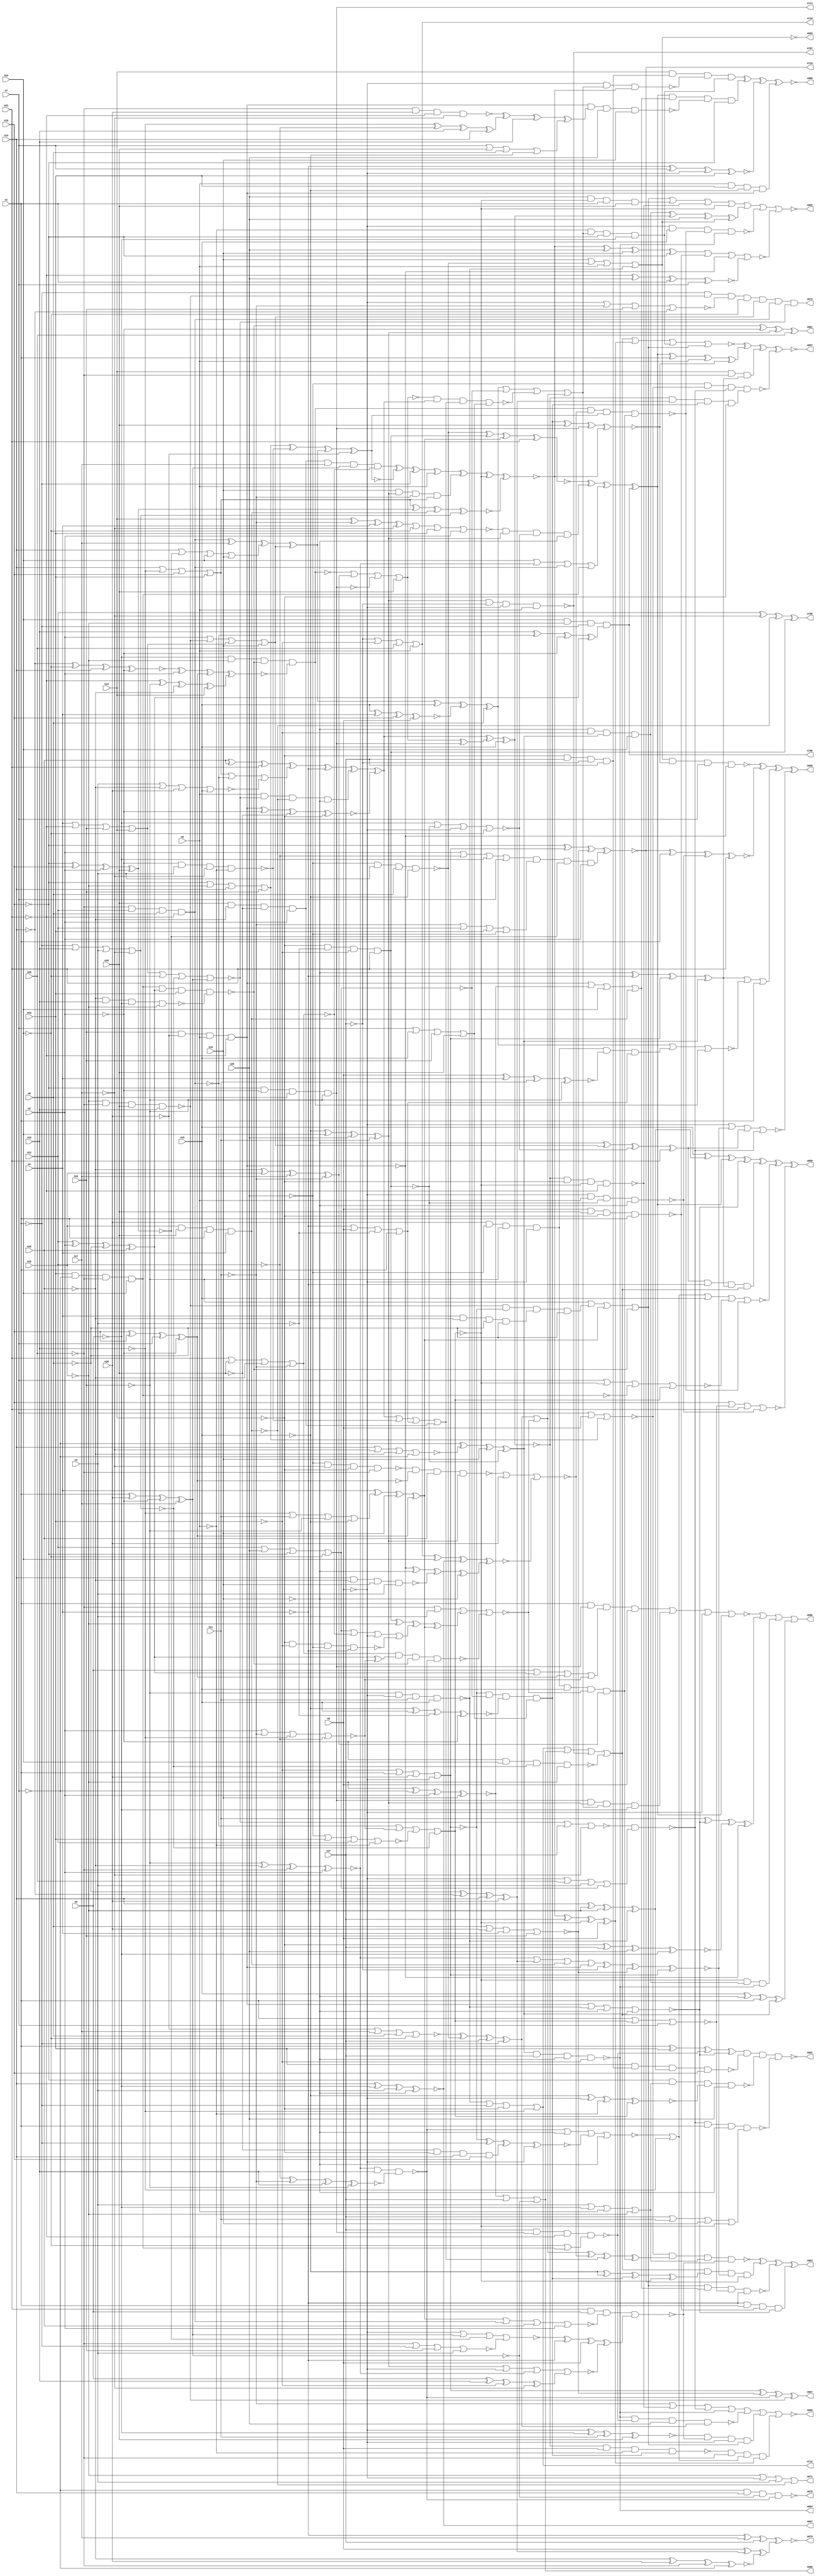
// Benchmark C:\Users\Lucas Nestor\Documents\osu\sp21\esl\circuit_generation\Stats\5_24_randomized_params\Stat_874_1512 written by SynthGen on 2021/05/24 19:48:31
module Stat_874_1512( n1, n2, n3, n4, n5, n6, n7, n8,
 n9, n10, n11, n12, n13, n14, n15, n16,
 n17, n18, n19, n20, n21, n22, n23, n24,
 n25, n26, n27, n28, n29,
 n697, n693, n706, n688, n719, n678, n671, n667,
 n708, n681, n672, n707, n710, n712, n684, n679,
 n774, n898, n895, n901, n902, n897, n899, n896,
 n903, n900);

input n1, n2, n3, n4, n5, n6, n7, n8,
 n9, n10, n11, n12, n13, n14, n15, n16,
 n17, n18, n19, n20, n21, n22, n23, n24,
 n25, n26, n27, n28, n29;

output n697, n693, n706, n688, n719, n678, n671, n667,
 n708, n681, n672, n707, n710, n712, n684, n679,
 n774, n898, n895, n901, n902, n897, n899, n896,
 n903, n900;

wire n30, n31, n32, n33, n34, n35, n36, n37,
 n38, n39, n40, n41, n42, n43, n44, n45,
 n46, n47, n48, n49, n50, n51, n52, n53,
 n54, n55, n56, n57, n58, n59, n60, n61,
 n62, n63, n64, n65, n66, n67, n68, n69,
 n70, n71, n72, n73, n74, n75, n76, n77,
 n78, n79, n80, n81, n82, n83, n84, n85,
 n86, n87, n88, n89, n90, n91, n92, n93,
 n94, n95, n96, n97, n98, n99, n100, n101,
 n102, n103, n104, n105, n106, n107, n108, n109,
 n110, n111, n112, n113, n114, n115, n116, n117,
 n118, n119, n120, n121, n122, n123, n124, n125,
 n126, n127, n128, n129, n130, n131, n132, n133,
 n134, n135, n136, n137, n138, n139, n140, n141,
 n142, n143, n144, n145, n146, n147, n148, n149,
 n150, n151, n152, n153, n154, n155, n156, n157,
 n158, n159, n160, n161, n162, n163, n164, n165,
 n166, n167, n168, n169, n170, n171, n172, n173,
 n174, n175, n176, n177, n178, n179, n180, n181,
 n182, n183, n184, n185, n186, n187, n188, n189,
 n190, n191, n192, n193, n194, n195, n196, n197,
 n198, n199, n200, n201, n202, n203, n204, n205,
 n206, n207, n208, n209, n210, n211, n212, n213,
 n214, n215, n216, n217, n218, n219, n220, n221,
 n222, n223, n224, n225, n226, n227, n228, n229,
 n230, n231, n232, n233, n234, n235, n236, n237,
 n238, n239, n240, n241, n242, n243, n244, n245,
 n246, n247, n248, n249, n250, n251, n252, n253,
 n254, n255, n256, n257, n258, n259, n260, n261,
 n262, n263, n264, n265, n266, n267, n268, n269,
 n270, n271, n272, n273, n274, n275, n276, n277,
 n278, n279, n280, n281, n282, n283, n284, n285,
 n286, n287, n288, n289, n290, n291, n292, n293,
 n294, n295, n296, n297, n298, n299, n300, n301,
 n302, n303, n304, n305, n306, n307, n308, n309,
 n310, n311, n312, n313, n314, n315, n316, n317,
 n318, n319, n320, n321, n322, n323, n324, n325,
 n326, n327, n328, n329, n330, n331, n332, n333,
 n334, n335, n336, n337, n338, n339, n340, n341,
 n342, n343, n344, n345, n346, n347, n348, n349,
 n350, n351, n352, n353, n354, n355, n356, n357,
 n358, n359, n360, n361, n362, n363, n364, n365,
 n366, n367, n368, n369, n370, n371, n372, n373,
 n374, n375, n376, n377, n378, n379, n380, n381,
 n382, n383, n384, n385, n386, n387, n388, n389,
 n390, n391, n392, n393, n394, n395, n396, n397,
 n398, n399, n400, n401, n402, n403, n404, n405,
 n406, n407, n408, n409, n410, n411, n412, n413,
 n414, n415, n416, n417, n418, n419, n420, n421,
 n422, n423, n424, n425, n426, n427, n428, n429,
 n430, n431, n432, n433, n434, n435, n436, n437,
 n438, n439, n440, n441, n442, n443, n444, n445,
 n446, n447, n448, n449, n450, n451, n452, n453,
 n454, n455, n456, n457, n458, n459, n460, n461,
 n462, n463, n464, n465, n466, n467, n468, n469,
 n470, n471, n472, n473, n474, n475, n476, n477,
 n478, n479, n480, n481, n482, n483, n484, n485,
 n486, n487, n488, n489, n490, n491, n492, n493,
 n494, n495, n496, n497, n498, n499, n500, n501,
 n502, n503, n504, n505, n506, n507, n508, n509,
 n510, n511, n512, n513, n514, n515, n516, n517,
 n518, n519, n520, n521, n522, n523, n524, n525,
 n526, n527, n528, n529, n530, n531, n532, n533,
 n534, n535, n536, n537, n538, n539, n540, n541,
 n542, n543, n544, n545, n546, n547, n548, n549,
 n550, n551, n552, n553, n554, n555, n556, n557,
 n558, n559, n560, n561, n562, n563, n564, n565,
 n566, n567, n568, n569, n570, n571, n572, n573,
 n574, n575, n576, n577, n578, n579, n580, n581,
 n582, n583, n584, n585, n586, n587, n588, n589,
 n590, n591, n592, n593, n594, n595, n596, n597,
 n598, n599, n600, n601, n602, n603, n604, n605,
 n606, n607, n608, n609, n610, n611, n612, n613,
 n614, n615, n616, n617, n618, n619, n620, n621,
 n622, n623, n624, n625, n626, n627, n628, n629,
 n630, n631, n632, n633, n634, n635, n636, n637,
 n638, n639, n640, n641, n642, n643, n644, n645,
 n646, n647, n648, n649, n650, n651, n652, n653,
 n654, n655, n656, n657, n658, n659, n660, n661,
 n662, n663, n664, n665, n666, n668, n669, n670,
 n673, n674, n675, n676, n677, n680, n682, n683,
 n685, n686, n687, n689, n690, n691, n692, n694,
 n695, n696, n698, n699, n700, n701, n702, n703,
 n704, n705, n709, n711, n713, n714, n715, n716,
 n717, n718, n720, n721, n722, n723, n724, n725,
 n726, n727, n728, n729, n730, n731, n732, n733,
 n734, n735, n736, n737, n738, n739, n740, n741,
 n742, n743, n744, n745, n746, n747, n748, n749,
 n750, n751, n752, n753, n754, n755, n756, n757,
 n758, n759, n760, n761, n762, n763, n764, n765,
 n766, n767, n768, n769, n770, n771, n772, n773,
 n775, n776, n777, n778, n779, n780, n781, n782,
 n783, n784, n785, n786, n787, n788, n789, n790,
 n791, n792, n793, n794, n795, n796, n797, n798,
 n799, n800, n801, n802, n803, n804, n805, n806,
 n807, n808, n809, n810, n811, n812, n813, n814,
 n815, n816, n817, n818, n819, n820, n821, n822,
 n823, n824, n825, n826, n827, n828, n829, n830,
 n831, n832, n833, n834, n835, n836, n837, n838,
 n839, n840, n841, n842, n843, n844, n845, n846,
 n847, n848, n849, n850, n851, n852, n853, n854,
 n855, n856, n857, n858, n859, n860, n861, n862,
 n863, n864, n865, n866, n867, n868, n869, n870,
 n871, n872, n873, n874, n875, n876, n877, n878,
 n879, n880, n881, n882, n883, n884, n885, n886,
 n887, n888, n889, n890, n891, n892, n893, n894;

buf  g0 (n139, n25);
not  g1 (n86, n7);
buf  g2 (n53, n11);
buf  g3 (n88, n5);
not  g4 (n75, n24);
not  g5 (n48, n26);
buf  g6 (n34, n8);
buf  g7 (n67, n2);
buf  g8 (n122, n27);
not  g9 (n84, n3);
not  g10 (n61, n18);
buf  g11 (n99, n25);
buf  g12 (n140, n25);
not  g13 (n108, n20);
buf  g14 (n71, n10);
not  g15 (n60, n14);
buf  g16 (n134, n7);
buf  g17 (n143, n20);
buf  g18 (n79, n16);
buf  g19 (n31, n20);
buf  g20 (n104, n1);
not  g21 (n126, n23);
not  g22 (n144, n15);
not  g23 (n54, n11);
not  g24 (n73, n15);
not  g25 (n128, n27);
not  g26 (n70, n13);
not  g27 (n107, n4);
buf  g28 (n68, n7);
buf  g29 (n120, n28);
buf  g30 (n97, n8);
not  g31 (n66, n28);
buf  g32 (n38, n12);
buf  g33 (n80, n8);
buf  g34 (n83, n4);
buf  g35 (n93, n16);
not  g36 (n105, n16);
not  g37 (n64, n15);
buf  g38 (n117, n2);
not  g39 (n131, n19);
buf  g40 (n77, n13);
not  g41 (n37, n2);
not  g42 (n137, n6);
not  g43 (n141, n9);
not  g44 (n115, n18);
not  g45 (n44, n12);
not  g46 (n30, n22);
not  g47 (n41, n29);
buf  g48 (n135, n1);
buf  g49 (n114, n26);
buf  g50 (n133, n1);
buf  g51 (n123, n6);
buf  g52 (n45, n23);
buf  g53 (n142, n11);
buf  g54 (n96, n2);
buf  g55 (n106, n17);
not  g56 (n55, n19);
not  g57 (n52, n19);
not  g58 (n102, n26);
buf  g59 (n58, n20);
not  g60 (n69, n9);
not  g61 (n65, n15);
not  g62 (n116, n5);
buf  g63 (n32, n7);
not  g64 (n112, n22);
not  g65 (n43, n28);
buf  g66 (n74, n29);
buf  g67 (n92, n14);
not  g68 (n127, n17);
buf  g69 (n101, n25);
not  g70 (n138, n21);
buf  g71 (n110, n24);
not  g72 (n124, n9);
not  g73 (n59, n29);
not  g74 (n129, n4);
not  g75 (n62, n4);
buf  g76 (n85, n23);
buf  g77 (n78, n17);
not  g78 (n35, n9);
buf  g79 (n130, n14);
not  g80 (n121, n22);
buf  g81 (n42, n12);
not  g82 (n51, n14);
buf  g83 (n50, n17);
not  g84 (n98, n3);
not  g85 (n103, n28);
buf  g86 (n125, n27);
buf  g87 (n113, n21);
not  g88 (n109, n10);
buf  g89 (n95, n24);
not  g90 (n56, n22);
not  g91 (n82, n3);
not  g92 (n90, n5);
buf  g93 (n57, n21);
not  g94 (n33, n29);
buf  g95 (n72, n12);
not  g96 (n63, n11);
buf  g97 (n46, n23);
not  g98 (n94, n10);
buf  g99 (n76, n19);
not  g100 (n111, n13);
buf  g101 (n89, n1);
buf  g102 (n119, n6);
buf  g103 (n145, n27);
buf  g104 (n136, n18);
not  g105 (n81, n5);
buf  g106 (n91, n21);
not  g107 (n39, n8);
buf  g108 (n87, n10);
not  g109 (n132, n13);
not  g110 (n100, n3);
not  g111 (n49, n26);
not  g112 (n40, n24);
not  g113 (n118, n18);
buf  g114 (n47, n6);
not  g115 (n36, n16);
buf  g116 (n227, n97);
not  g117 (n373, n92);
buf  g118 (n369, n102);
not  g119 (n270, n107);
buf  g120 (n363, n65);
not  g121 (n428, n75);
not  g122 (n337, n83);
not  g123 (n162, n32);
not  g124 (n153, n32);
buf  g125 (n241, n45);
not  g126 (n311, n101);
buf  g127 (n346, n58);
not  g128 (n323, n84);
buf  g129 (n249, n88);
buf  g130 (n215, n104);
buf  g131 (n397, n73);
not  g132 (n156, n62);
buf  g133 (n269, n69);
buf  g134 (n423, n103);
buf  g135 (n198, n78);
buf  g136 (n429, n66);
not  g137 (n348, n90);
buf  g138 (n432, n94);
buf  g139 (n309, n87);
not  g140 (n217, n68);
buf  g141 (n315, n74);
not  g142 (n273, n63);
buf  g143 (n155, n95);
buf  g144 (n257, n61);
not  g145 (n344, n96);
not  g146 (n299, n91);
buf  g147 (n419, n68);
buf  g148 (n158, n43);
buf  g149 (n292, n105);
buf  g150 (n169, n65);
buf  g151 (n178, n95);
not  g152 (n338, n53);
buf  g153 (n353, n86);
not  g154 (n193, n77);
not  g155 (n366, n52);
buf  g156 (n226, n85);
not  g157 (n418, n55);
not  g158 (n167, n107);
buf  g159 (n388, n100);
not  g160 (n297, n79);
not  g161 (n378, n87);
buf  g162 (n426, n64);
not  g163 (n285, n88);
not  g164 (n176, n94);
buf  g165 (n204, n96);
not  g166 (n275, n105);
buf  g167 (n367, n74);
buf  g168 (n219, n64);
buf  g169 (n197, n39);
not  g170 (n345, n52);
not  g171 (n194, n71);
buf  g172 (n203, n109);
not  g173 (n327, n98);
not  g174 (n304, n65);
buf  g175 (n164, n69);
not  g176 (n268, n101);
not  g177 (n320, n41);
buf  g178 (n296, n70);
not  g179 (n210, n54);
not  g180 (n228, n51);
not  g181 (n330, n52);
not  g182 (n413, n83);
buf  g183 (n416, n58);
buf  g184 (n243, n88);
buf  g185 (n370, n81);
not  g186 (n212, n46);
not  g187 (n175, n86);
not  g188 (n308, n101);
buf  g189 (n195, n43);
buf  g190 (n393, n38);
buf  g191 (n181, n102);
not  g192 (n350, n51);
buf  g193 (n191, n56);
not  g194 (n160, n50);
buf  g195 (n206, n79);
not  g196 (n374, n106);
not  g197 (n307, n51);
buf  g198 (n154, n60);
buf  g199 (n220, n47);
buf  g200 (n364, n77);
buf  g201 (n265, n82);
buf  g202 (n360, n93);
not  g203 (n216, n47);
not  g204 (n261, n72);
not  g205 (n358, n86);
not  g206 (n400, n75);
not  g207 (n317, n83);
buf  g208 (n223, n99);
buf  g209 (n151, n85);
buf  g210 (n356, n70);
buf  g211 (n161, n103);
not  g212 (n385, n78);
buf  g213 (n314, n67);
not  g214 (n424, n45);
not  g215 (n349, n73);
not  g216 (n289, n63);
buf  g217 (n406, n57);
not  g218 (n229, n81);
buf  g219 (n182, n83);
not  g220 (n340, n76);
buf  g221 (n371, n103);
buf  g222 (n300, n35);
buf  g223 (n278, n44);
not  g224 (n322, n74);
buf  g225 (n208, n30);
buf  g226 (n224, n63);
buf  g227 (n166, n97);
buf  g228 (n386, n97);
not  g229 (n382, n55);
not  g230 (n282, n80);
not  g231 (n173, n50);
not  g232 (n359, n85);
buf  g233 (n174, n80);
not  g234 (n422, n64);
not  g235 (n255, n62);
not  g236 (n187, n76);
not  g237 (n263, n71);
buf  g238 (n379, n67);
not  g239 (n427, n93);
buf  g240 (n148, n56);
buf  g241 (n389, n46);
not  g242 (n368, n36);
not  g243 (n329, n63);
not  g244 (n365, n90);
buf  g245 (n230, n77);
buf  g246 (n202, n76);
buf  g247 (n168, n98);
buf  g248 (n399, n94);
buf  g249 (n225, n96);
buf  g250 (n339, n103);
not  g251 (n242, n57);
not  g252 (n211, n91);
not  g253 (n313, n56);
not  g254 (n172, n35);
buf  g255 (n321, n81);
buf  g256 (n411, n37);
buf  g257 (n276, n89);
buf  g258 (n417, n90);
not  g259 (n325, n59);
buf  g260 (n391, n58);
not  g261 (n150, n55);
not  g262 (n267, n69);
not  g263 (n383, n52);
not  g264 (n163, n80);
not  g265 (n159, n99);
buf  g266 (n306, n102);
buf  g267 (n287, n66);
buf  g268 (n234, n109);
buf  g269 (n408, n78);
not  g270 (n283, n59);
not  g271 (n180, n31);
not  g272 (n333, n51);
buf  g273 (n362, n86);
buf  g274 (n357, n89);
not  g275 (n394, n59);
buf  g276 (n252, n48);
buf  g277 (n395, n49);
buf  g278 (n171, n54);
not  g279 (n213, n62);
not  g280 (n240, n41);
buf  g281 (n214, n71);
buf  g282 (n403, n66);
buf  g283 (n250, n96);
buf  g284 (n341, n49);
not  g285 (n256, n78);
buf  g286 (n405, n75);
not  g287 (n328, n68);
buf  g288 (n401, n101);
buf  g289 (n290, n38);
not  g290 (n149, n61);
not  g291 (n319, n108);
buf  g292 (n375, n48);
not  g293 (n258, n47);
not  g294 (n284, n98);
not  g295 (n396, n82);
buf  g296 (n291, n48);
not  g297 (n244, n82);
not  g298 (n245, n44);
not  g299 (n177, n39);
buf  g300 (n146, n90);
buf  g301 (n410, n49);
buf  g302 (n336, n74);
not  g303 (n351, n60);
not  g304 (n310, n99);
buf  g305 (n347, n40);
not  g306 (n324, n95);
buf  g307 (n205, n49);
buf  g308 (n190, n92);
buf  g309 (n390, n73);
buf  g310 (n277, n79);
buf  g311 (n185, n102);
not  g312 (n233, n59);
not  g313 (n326, n85);
buf  g314 (n430, n62);
buf  g315 (n231, n97);
not  g316 (n152, n61);
buf  g317 (n376, n100);
not  g318 (n318, n46);
not  g319 (n235, n95);
not  g320 (n262, n48);
buf  g321 (n165, n72);
not  g322 (n239, n30);
buf  g323 (n352, n105);
buf  g324 (n218, n66);
buf  g325 (n232, n84);
not  g326 (n335, n108);
not  g327 (n184, n73);
buf  g328 (n279, n54);
not  g329 (n259, n53);
buf  g330 (n293, n68);
not  g331 (n281, n104);
not  g332 (n387, n100);
not  g333 (n404, n98);
not  g334 (n192, n34);
not  g335 (n196, n76);
not  g336 (n179, n88);
not  g337 (n246, n93);
not  g338 (n354, n60);
buf  g339 (n207, n65);
not  g340 (n274, n94);
not  g341 (n407, n100);
buf  g342 (n280, n46);
not  g343 (n392, n104);
not  g344 (n272, n108);
not  g345 (n247, n99);
buf  g346 (n409, n54);
not  g347 (n209, n82);
buf  g348 (n298, n58);
not  g349 (n236, n91);
buf  g350 (n361, n91);
buf  g351 (n377, n84);
not  g352 (n425, n70);
buf  g353 (n305, n79);
not  g354 (n286, n92);
not  g355 (n238, n42);
not  g356 (n221, n106);
not  g357 (n316, n89);
buf  g358 (n355, n106);
buf  g359 (n186, n71);
not  g360 (n271, n33);
not  g361 (n157, n64);
buf  g362 (n412, n92);
not  g363 (n170, n57);
not  g364 (n294, n50);
buf  g365 (n342, n47);
buf  g366 (n402, n31);
buf  g367 (n312, n89);
not  g368 (n201, n42);
buf  g369 (n398, n80);
buf  g370 (n301, n56);
not  g371 (n248, n53);
not  g372 (n237, n87);
not  g373 (n334, n60);
not  g374 (n266, n61);
buf  g375 (n254, n53);
not  g376 (n188, n40);
buf  g377 (n260, n72);
buf  g378 (n251, n67);
buf  g379 (n183, n70);
not  g380 (n332, n67);
buf  g381 (n288, n55);
buf  g382 (n380, n72);
not  g383 (n421, n37);
buf  g384 (n189, n105);
not  g385 (n415, n104);
not  g386 (n199, n87);
buf  g387 (n200, n50);
not  g388 (n384, n34);
buf  g389 (n414, n81);
not  g390 (n343, n106);
buf  g391 (n431, n57);
not  g392 (n420, n69);
not  g393 (n303, n107);
buf  g394 (n222, n75);
buf  g395 (n147, n77);
buf  g396 (n253, n108);
buf  g397 (n302, n33);
buf  g398 (n372, n93);
buf  g399 (n331, n36);
buf  g400 (n264, n107);
buf  g401 (n381, n84);
not  g402 (n295, n109);
not  g403 (n508, n165);
buf  g404 (n487, n297);
buf  g405 (n500, n172);
buf  g406 (n501, n200);
not  g407 (n448, n305);
not  g408 (n462, n337);
buf  g409 (n496, n249);
buf  g410 (n446, n404);
buf  g411 (n482, n202);
not  g412 (n435, n376);
buf  g413 (n522, n394);
not  g414 (n475, n227);
not  g415 (n485, n329);
not  g416 (n449, n392);
buf  g417 (n472, n300);
not  g418 (n516, n240);
buf  g419 (n504, n235);
not  g420 (n515, n197);
not  g421 (n471, n324);
buf  g422 (n458, n152);
buf  g423 (n488, n217);
buf  g424 (n512, n151);
not  g425 (n503, n173);
not  g426 (n489, n342);
buf  g427 (n495, n354);
buf  g428 (n447, n370);
not  g429 (n442, n155);
not  g430 (n465, n153);
not  g431 (n524, n169);
not  g432 (n511, n400);
buf  g433 (n434, n257);
not  g434 (n490, n391);
not  g435 (n486, n352);
buf  g436 (n478, n284);
buf  g437 (n441, n243);
or   g438 (n453, n228, n331, n383, n241);
xnor g439 (n521, n157, n167, n330, n348);
xor  g440 (n466, n267, n275, n318, n160);
and  g441 (n525, n283, n308, n378, n179);
nand g442 (n519, n381, n225, n256, n216);
xnor g443 (n520, n365, n213, n289, n203);
or   g444 (n480, n338, n393, n280, n159);
xnor g445 (n497, n286, n347, n333, n168);
nand g446 (n473, n218, n315, n236, n294);
nor  g447 (n491, n351, n343, n410, n328);
and  g448 (n506, n199, n146, n210, n184);
and  g449 (n499, n270, n185, n282, n192);
nor  g450 (n477, n321, n224, n176, n373);
or   g451 (n523, n317, n229, n411, n312);
xnor g452 (n439, n234, n369, n339, n209);
or   g453 (n514, n340, n191, n412, n214);
xnor g454 (n509, n306, n367, n403, n353);
and  g455 (n440, n389, n362, n287, n188);
and  g456 (n481, n253, n296, n307, n345);
xor  g457 (n502, n148, n162, n244, n149);
xor  g458 (n470, n364, n279, n303, n374);
nand g459 (n474, n291, n368, n164, n208);
nor  g460 (n498, n311, n226, n260, n258);
or   g461 (n469, n246, n254, n237, n397);
nor  g462 (n464, n302, n408, n174, n222);
nand g463 (n461, n183, n212, n268, n264);
xor  g464 (n457, n207, n178, n401, n273);
or   g465 (n510, n255, n299, n186, n147);
and  g466 (n507, n310, n385, n193, n161);
nand g467 (n438, n301, n158, n319, n277);
nor  g468 (n476, n251, n375, n320, n304);
xor  g469 (n505, n390, n349, n344, n388);
xnor g470 (n452, n380, n327, n163, n262);
or   g471 (n443, n361, n346, n395, n171);
xnor g472 (n437, n384, n154, n334, n233);
nor  g473 (n451, n326, n215, n336, n285);
or   g474 (n494, n177, n325, n156, n274);
nor  g475 (n455, n316, n206, n314, n221);
or   g476 (n484, n358, n298, n166, n363);
or   g477 (n459, n407, n259, n189, n201);
xor  g478 (n492, n292, n261, n360, n350);
nor  g479 (n463, n371, n281, n295, n250);
and  g480 (n513, n272, n205, n180, n396);
xnor g481 (n456, n196, n382, n323, n402);
nor  g482 (n460, n290, n223, n187, n405);
xor  g483 (n518, n252, n313, n355, n248);
xor  g484 (n493, n211, n263, n341, n230);
nand g485 (n517, n288, n265, n231, n194);
or   g486 (n467, n387, n238, n269, n175);
and  g487 (n444, n195, n245, n398, n170);
and  g488 (n479, n247, n204, n386, n219);
nand g489 (n468, n190, n181, n266, n379);
xnor g490 (n483, n278, n409, n372, n399);
and  g491 (n454, n309, n322, n220, n242);
nand g492 (n433, n239, n335, n357, n182);
and  g493 (n445, n356, n332, n359, n406);
xor  g494 (n436, n366, n150, n293, n232);
xor  g495 (n450, n276, n271, n377, n198);
not  g496 (n530, n441);
buf  g497 (n552, n458);
not  g498 (n531, n434);
not  g499 (n553, n437);
not  g500 (n541, n445);
not  g501 (n550, n433);
buf  g502 (n546, n453);
not  g503 (n533, n460);
buf  g504 (n545, n451);
buf  g505 (n544, n450);
not  g506 (n534, n452);
buf  g507 (n527, n439);
not  g508 (n547, n449);
buf  g509 (n529, n455);
not  g510 (n535, n448);
buf  g511 (n536, n442);
buf  g512 (n526, n438);
buf  g513 (n540, n457);
not  g514 (n537, n443);
not  g515 (n532, n446);
buf  g516 (n528, n456);
buf  g517 (n543, n436);
buf  g518 (n549, n435);
not  g519 (n542, n459);
buf  g520 (n538, n454);
not  g521 (n551, n444);
buf  g522 (n539, n447);
buf  g523 (n548, n440);
buf  g524 (n604, n532);
buf  g525 (n608, n526);
not  g526 (n606, n465);
buf  g527 (n624, n550);
not  g528 (n584, n537);
buf  g529 (n621, n550);
buf  g530 (n600, n527);
not  g531 (n562, n501);
buf  g532 (n554, n540);
not  g533 (n629, n530);
not  g534 (n561, n544);
buf  g535 (n610, n548);
buf  g536 (n638, n553);
not  g537 (n634, n505);
not  g538 (n639, n548);
not  g539 (n602, n539);
buf  g540 (n581, n487);
not  g541 (n628, n533);
buf  g542 (n622, n545);
buf  g543 (n616, n538);
buf  g544 (n589, n529);
buf  g545 (n583, n533);
buf  g546 (n575, n532);
not  g547 (n573, n547);
buf  g548 (n594, n541);
not  g549 (n559, n541);
buf  g550 (n586, n468);
buf  g551 (n570, n506);
not  g552 (n617, n543);
buf  g553 (n605, n464);
not  g554 (n631, n528);
not  g555 (n590, n508);
not  g556 (n593, n542);
buf  g557 (n627, n547);
buf  g558 (n632, n546);
not  g559 (n585, n486);
not  g560 (n633, n529);
buf  g561 (n613, n511);
buf  g562 (n607, n537);
not  g563 (n572, n531);
buf  g564 (n595, n490);
buf  g565 (n636, n540);
not  g566 (n569, n502);
not  g567 (n618, n507);
not  g568 (n556, n551);
not  g569 (n625, n489);
not  g570 (n564, n550);
not  g571 (n557, n545);
not  g572 (n637, n539);
not  g573 (n571, n552);
not  g574 (n623, n533);
not  g575 (n582, n504);
not  g576 (n563, n479);
not  g577 (n580, n532);
buf  g578 (n574, n494);
not  g579 (n560, n538);
not  g580 (n598, n482);
buf  g581 (n603, n531);
not  g582 (n592, n549);
not  g583 (n599, n538);
or   g584 (n635, n536, n548);
xor  g585 (n619, n534, n542);
and  g586 (n566, n548, n534, n512, n474);
and  g587 (n620, n526, n545, n499, n475);
nor  g588 (n565, n551, n542, n498, n529);
nor  g589 (n612, n540, n530, n527, n466);
or   g590 (n588, n495, n528, n471, n552);
xor  g591 (n640, n473, n492, n535, n484);
and  g592 (n587, n467, n480, n528, n478);
xnor g593 (n596, n497, n549, n543, n493);
or   g594 (n641, n500, n534, n543, n542);
and  g595 (n611, n547, n526, n477, n536);
xnor g596 (n577, n462, n469, n531, n543);
nor  g597 (n597, n539, n544, n528, n463);
and  g598 (n630, n552, n540, n485, n546);
or   g599 (n614, n546, n546, n551, n476);
or   g600 (n576, n472, n541, n530, n536);
xnor g601 (n615, n545, n547, n481, n530);
nand g602 (n558, n527, n535, n483);
xor  g603 (n591, n496, n553, n509);
and  g604 (n626, n513, n503, n544, n537);
or   g605 (n579, n533, n537, n539, n461);
or   g606 (n555, n527, n553, n550, n538);
or   g607 (n578, n549, n526, n510, n552);
xor  g608 (n609, n535, n551, n532, n534);
xor  g609 (n567, n488, n491, n531, n541);
nor  g610 (n568, n510, n536, n529, n544);
nor  g611 (n601, n470, n511, n512, n549);
buf  g612 (n649, n564);
buf  g613 (n653, n569);
not  g614 (n651, n576);
not  g615 (n647, n562);
buf  g616 (n658, n561);
buf  g617 (n646, n563);
buf  g618 (n655, n568);
buf  g619 (n650, n571);
not  g620 (n644, n566);
buf  g621 (n660, n578);
buf  g622 (n642, n558);
buf  g623 (n648, n567);
buf  g624 (n663, n555);
buf  g625 (n645, n556);
not  g626 (n662, n570);
buf  g627 (n664, n559);
not  g628 (n656, n574);
buf  g629 (n661, n572);
not  g630 (n665, n560);
not  g631 (n652, n573);
buf  g632 (n659, n575);
buf  g633 (n643, n557);
not  g634 (n666, n565);
buf  g635 (n654, n554);
not  g636 (n657, n577);
and  g637 (n685, n618, n617, n114, n654);
nand g638 (n684, n648, n122, n115, n126);
nor  g639 (n669, n113, n131, n647, n115);
xor  g640 (n692, n599, n118, n586, n115);
xor  g641 (n708, n590, n127, n649, n664);
nor  g642 (n691, n657, n645, n114, n580);
or   g643 (n720, n616, n653, n110, n621);
xnor g644 (n697, n130, n124, n117, n661);
and  g645 (n680, n661, n653, n125, n123);
or   g646 (n671, n112, n116, n117, n649);
xor  g647 (n667, n643, n656, n642, n608);
xor  g648 (n695, n664, n121, n579, n657);
nor  g649 (n674, n593, n111, n659, n613);
xor  g650 (n681, n644, n659, n654, n120);
and  g651 (n686, n119, n655, n649, n650);
and  g652 (n703, n116, n119, n594, n661);
xnor g653 (n719, n598, n643, n656, n587);
nand g654 (n678, n606, n130, n658, n642);
nor  g655 (n690, n655, n125, n127);
xor  g656 (n713, n650, n129, n643, n648);
xnor g657 (n673, n646, n129, n120, n130);
or   g658 (n698, n110, n600, n645, n610);
nor  g659 (n693, n603, n646, n119, n662);
and  g660 (n718, n650, n126, n648, n582);
or   g661 (n710, n128, n126, n120, n123);
and  g662 (n689, n124, n121, n644, n596);
or   g663 (n668, n665, n661, n660, n664);
xnor g664 (n676, n653, n655, n658, n592);
xor  g665 (n675, n123, n656, n647, n663);
nand g666 (n707, n654, n128, n116, n119);
xnor g667 (n709, n605, n646, n122, n652);
xnor g668 (n705, n646, n664, n657, n113);
or   g669 (n694, n117, n124, n123, n112);
or   g670 (n721, n116, n120, n117, n583);
xnor g671 (n679, n129, n647, n125, n591);
or   g672 (n688, n653, n122, n658);
nand g673 (n722, n584, n619, n644, n642);
nor  g674 (n704, n665, n662, n118, n648);
and  g675 (n701, n601, n654, n651, n118);
nand g676 (n716, n659, n110, n589, n112);
and  g677 (n677, n585, n659, n127, n651);
nand g678 (n711, n111, n125, n128, n122);
xnor g679 (n717, n130, n121, n112, n662);
xor  g680 (n702, n114, n114, n113, n614);
and  g681 (n672, n611, n660, n645, n655);
nor  g682 (n696, n642, n115, n615, n650);
nor  g683 (n682, n651, n663, n126, n607);
and  g684 (n706, n110, n121, n652, n609);
or   g685 (n712, n662, n652, n111, n581);
xnor g686 (n714, n663, n128, n656, n643);
xor  g687 (n699, n597, n129, n602, n612);
or   g688 (n715, n109, n620, n657, n644);
xnor g689 (n687, n645, n647, n588, n660);
xnor g690 (n700, n665, n604, n595, n111);
xor  g691 (n683, n118, n660, n651, n113);
xnor g692 (n670, n124, n649, n652, n663);
buf  g693 (n729, n416);
buf  g694 (n738, n719);
not  g695 (n741, n693);
buf  g696 (n757, n684);
not  g697 (n746, n415);
not  g698 (n726, n687);
buf  g699 (n749, n429);
not  g700 (n735, n709);
buf  g701 (n756, n715);
not  g702 (n739, n703);
not  g703 (n758, n424);
buf  g704 (n759, n713);
buf  g705 (n762, n704);
buf  g706 (n731, n422);
buf  g707 (n744, n425);
buf  g708 (n750, n718);
not  g709 (n743, n711);
buf  g710 (n728, n419);
not  g711 (n727, n432);
not  g712 (n725, n708);
buf  g713 (n748, n417);
not  g714 (n730, n685);
not  g715 (n751, n418);
buf  g716 (n752, n694);
not  g717 (n732, n689);
buf  g718 (n754, n430);
buf  g719 (n740, n683);
not  g720 (n733, n414);
buf  g721 (n736, n720);
buf  g722 (n742, n714);
not  g723 (n753, n426);
not  g724 (n737, n717);
or   g725 (n747, n696, n427);
nand g726 (n761, n690, n721);
or   g727 (n755, n712, n688, n707, n716);
xnor g728 (n724, n710, n428, n697, n692);
xor  g729 (n734, n702, n413, n686, n700);
nand g730 (n745, n431, n420, n691, n699);
nor  g731 (n723, n423, n421, n695, n722);
xor  g732 (n760, n705, n701, n698, n706);
buf  g733 (n764, n524);
buf  g734 (n778, n734);
not  g735 (n774, n517);
not  g736 (n775, n732);
or   g737 (n771, n735, n723);
and  g738 (n773, n525, n731, n723, n518);
or   g739 (n770, n734, n519, n523, n513);
and  g740 (n763, n515, n724, n727, n521);
and  g741 (n768, n525, n520, n523);
nand g742 (n777, n522, n516, n725);
nor  g743 (n769, n730, n730, n522, n724);
or   g744 (n766, n728, n731, n727, n729);
nor  g745 (n772, n732, n518, n517, n729);
or   g746 (n765, n728, n733, n514);
xor  g747 (n767, n726, n524, n521, n515);
xor  g748 (n776, n514, n519, n726, n516);
buf  g749 (n788, n778);
not  g750 (n791, n765);
buf  g751 (n789, n665);
not  g752 (n780, n666);
buf  g753 (n779, n771);
not  g754 (n781, n776);
not  g755 (n782, n774);
buf  g756 (n787, n764);
buf  g757 (n783, n767);
buf  g758 (n784, n766);
nor  g759 (n792, n767, n768, n775);
xor  g760 (n785, n772, n777, n774);
xor  g761 (n790, n771, n769, n770, n773);
nand g762 (n786, n772, n778, n770, n766);
nand g763 (n793, n775, n769, n776, n773);
buf  g764 (n803, n629);
buf  g765 (n796, n782);
buf  g766 (n797, n789);
buf  g767 (n801, n780);
buf  g768 (n799, n630);
xnor g769 (n794, n788, n785, n787);
xor  g770 (n800, n626, n781, n627, n625);
or   g771 (n798, n783, n623, n786, n779);
and  g772 (n802, n622, n628, n634, n784);
xnor g773 (n795, n632, n631, n624, n633);
buf  g774 (n814, n666);
not  g775 (n811, n666);
not  g776 (n804, n666);
buf  g777 (n812, n798);
buf  g778 (n805, n797);
buf  g779 (n809, n803);
not  g780 (n807, n796);
buf  g781 (n808, n802);
not  g782 (n810, n803);
buf  g783 (n806, n794);
xnor g784 (n813, n800, n799, n801, n795);
not  g785 (n820, n142);
buf  g786 (n831, n140);
buf  g787 (n830, n144);
buf  g788 (n845, n135);
not  g789 (n855, n138);
not  g790 (n858, n136);
buf  g791 (n849, n134);
not  g792 (n827, n806);
buf  g793 (n846, n139);
not  g794 (n850, n137);
buf  g795 (n816, n805);
not  g796 (n822, n139);
not  g797 (n842, n809);
buf  g798 (n839, n142);
not  g799 (n847, n805);
buf  g800 (n825, n811);
buf  g801 (n844, n811);
buf  g802 (n837, n135);
buf  g803 (n815, n810);
not  g804 (n818, n805);
not  g805 (n854, n131);
buf  g806 (n843, n135);
nor  g807 (n832, n134, n804, n639, n814);
and  g808 (n828, n133, n807, n641, n637);
and  g809 (n826, n806, n638, n808, n132);
xnor g810 (n841, n808, n143, n807, n813);
and  g811 (n857, n137, n812, n131, n141);
and  g812 (n824, n807, n636, n812, n141);
or   g813 (n829, n145, n142, n136, n804);
xor  g814 (n817, n144, n144, n808, n811);
nand g815 (n852, n806, n132, n811, n138);
nand g816 (n848, n145, n807, n138, n635);
xnor g817 (n819, n810, n141, n142, n143);
nor  g818 (n856, n135, n814, n134);
nand g819 (n853, n809, n143, n132, n133);
nand g820 (n821, n805, n640, n140, n136);
xor  g821 (n833, n813, n140, n136, n131);
and  g822 (n838, n139, n804, n133, n143);
xnor g823 (n834, n132, n145, n140, n141);
xnor g824 (n836, n138, n139, n133, n134);
xor  g825 (n851, n813, n145, n804, n809);
nand g826 (n840, n810, n812, n813);
xnor g827 (n823, n144, n810, n137, n814);
nand g828 (n835, n806, n809, n137, n808);
nor  g829 (n886, n854, n856, n855, n739);
nor  g830 (n891, n833, n853, n818, n836);
nand g831 (n870, n791, n790, n752, n745);
xnor g832 (n866, n738, n843, n739, n855);
xor  g833 (n892, n753, n858, n845, n755);
nor  g834 (n873, n828, n824, n842, n760);
nand g835 (n875, n842, n753, n793, n757);
xor  g836 (n868, n837, n758, n848, n762);
and  g837 (n879, n835, n749, n747, n851);
xor  g838 (n859, n839, n762, n834, n847);
nand g839 (n889, n741, n841, n849, n847);
xor  g840 (n894, n753, n737, n760, n762);
xnor g841 (n885, n754, n849, n748, n758);
and  g842 (n874, n754, n845, n853, n762);
nor  g843 (n887, n755, n851, n857, n756);
or   g844 (n860, n756, n838, n852, n825);
nand g845 (n869, n822, n791, n761, n826);
and  g846 (n871, n755, n817, n742, n738);
nand g847 (n881, n757, n848, n846, n735);
nand g848 (n888, n756, n736, n856, n754);
nand g849 (n862, n758, n743, n737, n854);
nor  g850 (n882, n747, n753, n832, n793);
xor  g851 (n872, n760, n746, n850, n841);
and  g852 (n884, n740, n754, n759, n755);
nor  g853 (n883, n815, n742, n740, n761);
and  g854 (n867, n819, n745, n748, n756);
and  g855 (n865, n844, n844, n750, n757);
and  g856 (n864, n850, n758, n830, n816);
or   g857 (n890, n820, n852, n761, n757);
nand g858 (n880, n761, n746, n858, n829);
xor  g859 (n877, n750, n827, n846, n741);
or   g860 (n878, n759, n792, n843);
nand g861 (n861, n751, n752, n823, n831);
and  g862 (n863, n760, n736, n821, n751);
and  g863 (n876, n744, n743, n840, n857);
and  g864 (n893, n744, n749, n759);
or   g865 (n896, n873, n859, n865, n892);
nand g866 (n901, n868, n862, n861, n880);
nor  g867 (n895, n890, n881, n867, n879);
xnor g868 (n898, n876, n863, n885, n864);
xnor g869 (n897, n887, n872, n893, n869);
xor  g870 (n899, n894, n884, n882, n886);
xor  g871 (n900, n889, n866, n878, n883);
nor  g872 (n902, n860, n877, n875, n891);
xor  g873 (n903, n870, n871, n888, n874);
endmodule